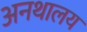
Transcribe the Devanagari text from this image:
अनथालय